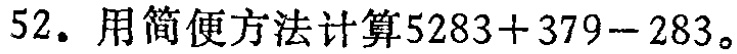
52. 用简便方法计算\(5283 + 379 - 283\)。